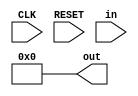
`timescale 1ns / 1ps
module register # ( parameter WI1 = 10, WF1 = 22,
                              WI2 = 10, WF2 = 22,
                              WIO = WI1 > WI2 ? WI1 : WI2,
                              WFO = WF1 > WF2 ? WF1 : WF2,
                              set_x_val = 0 )
(
    input CLK,
    input RESET,
    input [31 : 0] in,
    output reg [31 : 0] out
);
    reg [31 : 0] value;
    initial
    begin
        if(set_x_val == 1)
        begin
            out <= top.initial_x;
        end
        else
        begin
            out <= 0;
        end
    end
    
    always @ (posedge CLK)
    begin
        out <= value;
    end
    
    always @ (*)
    begin
        if(RESET)
        begin
            if(set_x_val == 1)
            begin
                out <= top.initial_x;
                value <= in;
            end
            else
            begin
                out <= 0;
                value <= in;
            end
        end
        else value <= in;
    end
endmodule